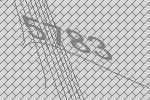
5783